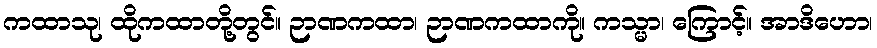
ကထာသု၊ ထိုကထာတို့တွင်။ ဉာဏကထာ၊ ဉာဏကထာကို။ ကသ္မာ၊ ကြောင့်။ အာဒိဟော၊